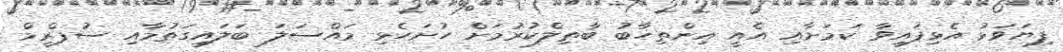
ފިޔަވަޅު އެޅިފައިވާ ކަމަށާއި އެއީ އިންތިހާބު ބާތިލްކުރުމަށް ހުށަހެޅި މައްސަލަ ބަލައިގަތުމާއި ސުޕްރީމް